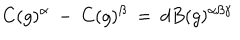
C ( g ) ^ { \alpha } \: - \: C ( g ) ^ { \beta } \: = \: d B ( g ) ^ { \alpha \beta \gamma }